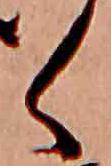
く